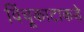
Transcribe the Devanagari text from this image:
विंचूकाटाकडे